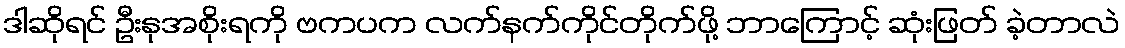
ဒါဆိုရင် ဦးနုအစိုးရကို ဗကပက လက်နက်ကိုင်တိုက်ဖို့ ဘာကြောင့် ဆုံးဖြတ် ခဲ့တာလဲ